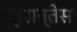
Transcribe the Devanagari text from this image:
प्लान्तेस